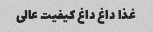
غذا داغ داغ کیفیت عالی